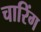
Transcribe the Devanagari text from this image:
चारिंग